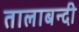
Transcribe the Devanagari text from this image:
तालाबन्दी